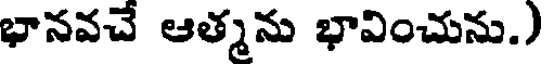
భానవచే ఆత్మను భావించును.)